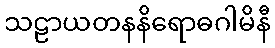
သဠာယတနနိရောဓဂါမိနီ